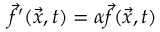
\vec { f } ^ { \prime } ( \Vec { x } , t ) = \alpha \Vec { f } ( \Vec { x } , t )